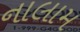
નાલામ